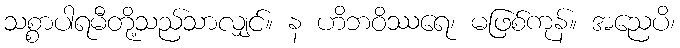
သစ္စာပါရမီတို့သည်သာလျှင်။ န ဟိဘဝိဿရေ၊ မဖြစ်ကုန်။ အညေပိ၊